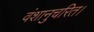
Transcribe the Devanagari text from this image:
वंशानुचरित।